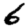
Digit: 6